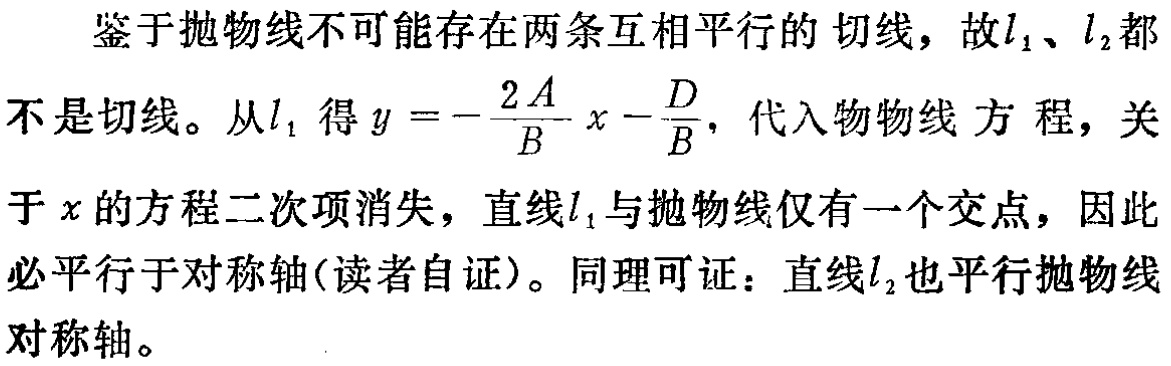
鉴于抛物线不可能存在两条互相平行的切线，故\(l_1\)、\(l_2\)都不是切线。从\(l_1\)得\(y = -\frac{2A}{B}x - \frac{D}{B}\)，代入抛物线方程，关于\(x\)的方程二次项消失，直线\(l_1\)与抛物线仅有一个交点，因此必平行于对称轴(读者自证)。同理可证：直线\(l_2\)也平行抛物线对称轴。